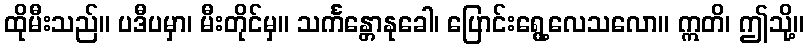
ထိုမီးသည်။ ပဒီပမှာ၊ မီးတိုင်မှ။ သင်္ကန္တောနုခေါ၊ ပြောင်းရွေ့လေသလော။ ဣတိ၊ ဤသို့။